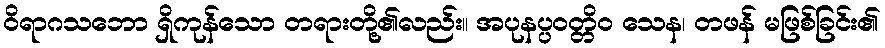
ဝိရာဂသဘော ရှိကုန်သော တရားတို့၏လည်း။ အပုနပ္ပဝတ္တိဝ သေန၊ တဖန် မဖြစ်ခြင်း၏